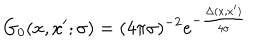
G _ { 0 } ( x , x ^ { \prime } ; \sigma ) = ( 4 \pi \sigma ) ^ { - 2 } e ^ { - \frac { \Delta ( x , x ^ { \prime } ) } { 4 \sigma } }